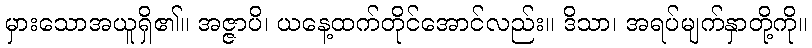
မှားသောအယူရှိ၏။ အဇ္ဇာပိ၊ ယနေ့ထက်တိုင်အောင်လည်း။ ဒိသာ၊ အရပ်မျက်နှာတို့ကို။